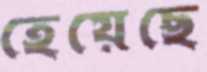
হেয়েছে